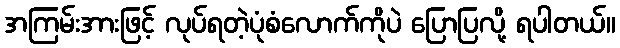
အကြမ်းအားဖြင့် လုပ်ရတဲ့ပုံစံလောက်ကိုပဲ ပြောပြလို့ ရပါတယ်။